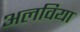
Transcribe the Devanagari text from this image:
अलविया